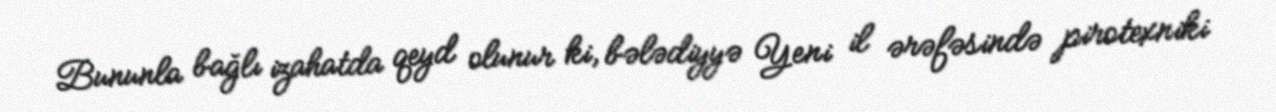
Bununla bağlı izahatda qeyd olunur ki, bələdiyyə Yeni il ərəfəsində pirotexniki